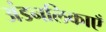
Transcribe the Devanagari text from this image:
अंडनलिकाएँ